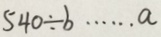
5 4 0 \div b \cdots a